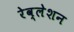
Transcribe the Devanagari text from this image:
रेव्लेशन